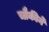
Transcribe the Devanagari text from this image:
चौकीने